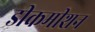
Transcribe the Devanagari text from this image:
डीकमीशन